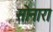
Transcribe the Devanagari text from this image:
सोनारा